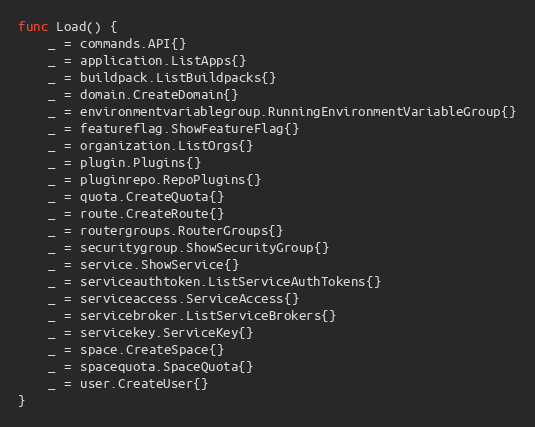
Language: Go
func Load() {
	_ = commands.API{}
	_ = application.ListApps{}
	_ = buildpack.ListBuildpacks{}
	_ = domain.CreateDomain{}
	_ = environmentvariablegroup.RunningEnvironmentVariableGroup{}
	_ = featureflag.ShowFeatureFlag{}
	_ = organization.ListOrgs{}
	_ = plugin.Plugins{}
	_ = pluginrepo.RepoPlugins{}
	_ = quota.CreateQuota{}
	_ = route.CreateRoute{}
	_ = routergroups.RouterGroups{}
	_ = securitygroup.ShowSecurityGroup{}
	_ = service.ShowService{}
	_ = serviceauthtoken.ListServiceAuthTokens{}
	_ = serviceaccess.ServiceAccess{}
	_ = servicebroker.ListServiceBrokers{}
	_ = servicekey.ServiceKey{}
	_ = space.CreateSpace{}
	_ = spacequota.SpaceQuota{}
	_ = user.CreateUser{}
}